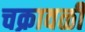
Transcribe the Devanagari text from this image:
चक्रावळी